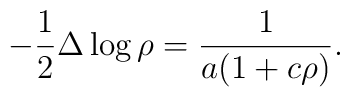
-\frac12\Delta\log\rho = \frac1{a(1+c\rho)}.